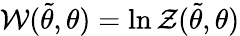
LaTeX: \mathcal{W}(\tilde{\theta},\theta)=\ln\mathcal{Z}(\tilde{\theta},\theta)